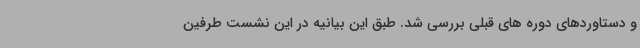
و دستاوردهای دوره های قبلی بررسی شد. طبق این بیانیه در این نشست طرفین